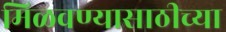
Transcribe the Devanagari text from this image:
मिळवण्यासाठीच्या